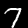
Digit: 7